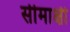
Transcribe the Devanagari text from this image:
सीमाक्षी